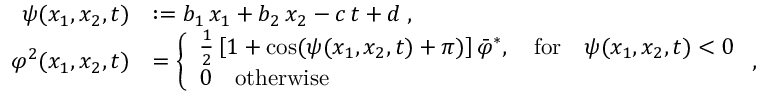
\begin{array} { r l } { \psi ( x _ { 1 } , x _ { 2 } , t ) } & { : = b _ { 1 } \, x _ { 1 } + b _ { 2 } \, x _ { 2 } - c \, t + d \; , } \\ { \varphi ^ { 2 } ( x _ { 1 } , x _ { 2 } , t ) } & { = \left\{ \begin{array} { l l } { \frac { 1 } { 2 } \left[ 1 + \cos ( \psi ( x _ { 1 } , x _ { 2 } , t ) + \pi ) \right] \bar { \varphi } ^ { * } , \quad \mathrm { f o r } \quad \psi ( x _ { 1 } , x _ { 2 } , t ) < 0 } \\ { 0 \quad \mathrm { o t h e r w i s e } } \end{array} \right. , } \end{array}